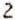
2